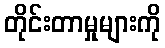
တိုင်းတာမှုများကို